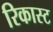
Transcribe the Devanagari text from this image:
रिकास्ट